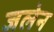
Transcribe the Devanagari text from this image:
जलेन